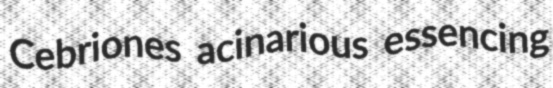
Cebriones acinarious essencing